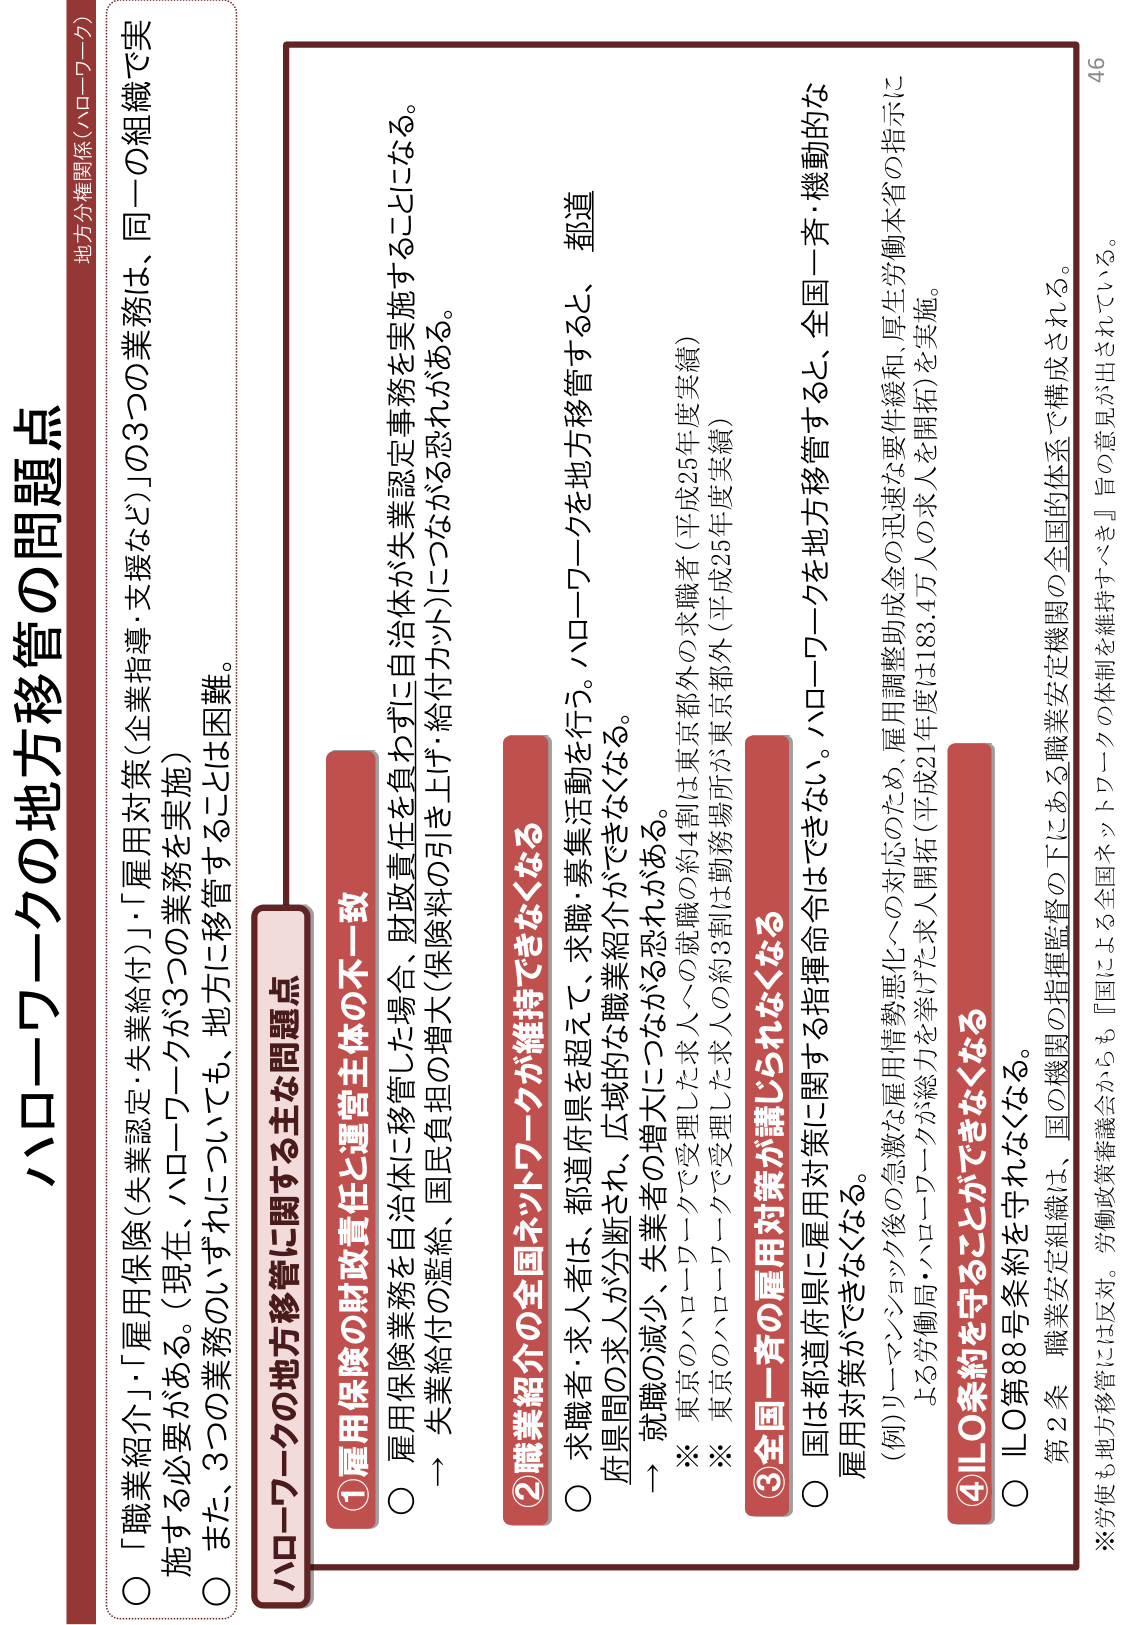
ハローワークの地方移管の問題点

地方分権関係（ハローワーク）

○「職業紹介」・「雇用保険（失業認定・失業給付）」・「雇用対策（企業指導・支援など）」の3つの業務は、同一の組織で実施する必要がある。（現在、ハローワークが3つの業務を実施）
○また、3つの業務のいずれについても、地方に移管することは困難。

ハローワークの地方移管に関する主な問題点

①雇用保険の財政責任と運営主体の不一致
○雇用保険業務を自治体に移管した場合、財政責任を負わずに自治体が失業認定事務を実施することになる。
→失業給付の濫給、国民負担の増大（保険料の引き上げ・給付カット）につながる恐れがある。

②職業紹介の全国ネットワークが維持できなくなる
○求職者・求人者は、都道府県を超えて、求職・募集活動を行う。ハローワークを地方移管すると、都道府県間の求人が分断され、広域的な職業紹介ができなくなる。
→就職の減少、失業者の増大につながる恐れがある。
※東京のハローワークで受理した求人への就職（約4割は東京都外の求職者（平成25年度実績））
※東京のハローワークで受理した求人の約3割は勤務場所が東京都外（平成25年度実績）

③全国一斉の雇用対策が講じられない
○国は都道府県に雇用対策に関する指揮命令はできない。ハローワークを地方移管すると、全国一斉・機動的な雇用対策ができなくなる。
（例）リーマンショック後の急激な雇用情勢悪化への対応のため、雇用調整助成金の迅速な要件緩和、厚生労働本省の指示による労働局・ハローワークが総力を挙げた求人開拓（平成21年度は183.4万人の求人を開拓）を実施。

④ILO条約を守ることができなくなる
○ILO第88号条約を守れなくなる。
第2条 職業安定組織は、国の機関の指揮監督の下にある職業安定機関の全国的体系で構成される。
※労使も地方移管には反対。労働政策審議会からも『国による全国ネットワークの体制を維持すべき』旨の意見が出ている。

46